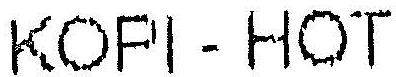
KOPI - HOT